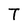
Character: T